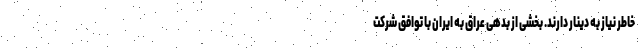
خاطر نیاز به دینار دارند. بخشی از بدهی عراق به ایران با توافق شرکت